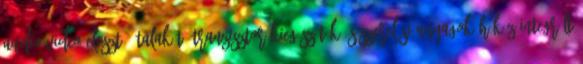
Audio-Video elosztó átalakító Tranzisztor kiegészítők és szerelési anyagok,hőköz Integrált